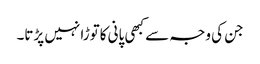
جن کی وجہ سے کبھی پانی کاتوڑا نہیں پڑتا۔